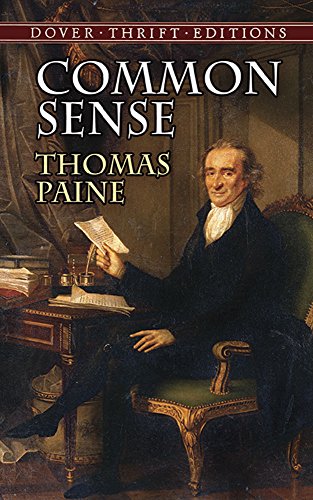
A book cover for Common Sense (Dover Thrift Editions); Thomas Paine; Politics & Social Sciences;